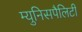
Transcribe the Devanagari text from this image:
म्युनिसपैलिटी